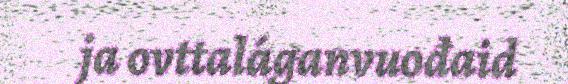
ja ovttaláganvuođaid